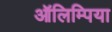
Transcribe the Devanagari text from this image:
ऑलिम्पिया